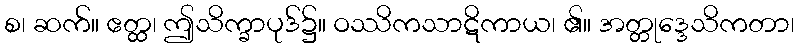
စ၊ ဆက်။ ဧတ္ထ၊ ဤသိက္ခာပုဒ်၌။ ဝဿိကသာဋိကာယ၊ ၏။ အတ္တုဒ္ဒေသိကတာ၊